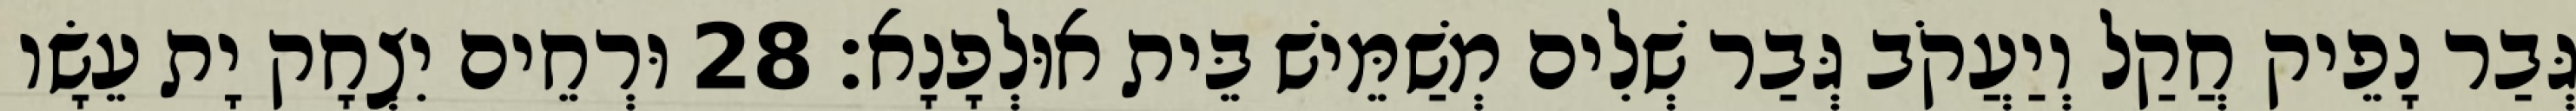
גְּבַר נָפֵיק חֲקַל וְיַעֲקֹב גְּבַר שְׁלִים מְשַׁמֵּישׁ בֵּית אוּלְפָנָא׃ 28 וּרְחֵים יִצְחָק יָת עֵשָׂו